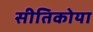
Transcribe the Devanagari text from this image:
सीतिकोया